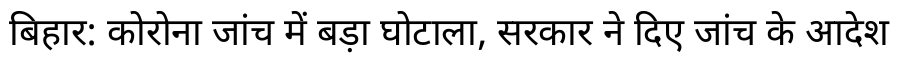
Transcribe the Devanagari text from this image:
बिहार: कोरोना जांच में बड़ा घोटाला, सरकार ने दिए जांच के आदेश